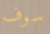
سوف